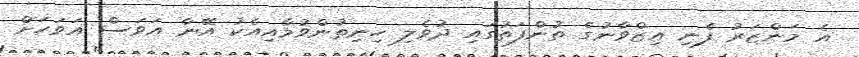
އެ މަންޒަރު ފެނި އިޒްވާނުގެ ތުންފަތުގައި ދުވެލި ހިނިތުންވުމާއިއެކު އޭނާ އަވަސް އަވަހަށް